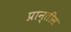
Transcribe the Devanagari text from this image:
प्रान्तीस